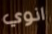
انوي